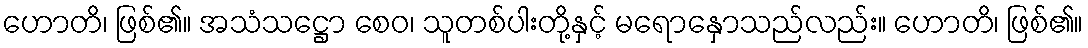
ဟောတိ၊ ဖြစ်၏။ အသံသဋ္ဌော စေဝ၊ သူတစ်ပါးတို့နှင့် မရောနှောသည်လည်း။ ဟောတိ၊ ဖြစ်၏။